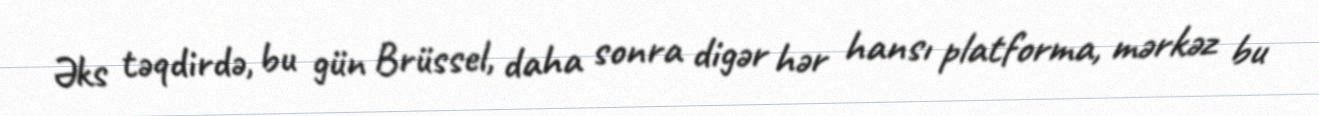
Əks təqdirdə, bu gün Brüssel, daha sonra digər hər hansı platforma, mərkəz bu